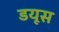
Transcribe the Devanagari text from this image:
डयूस